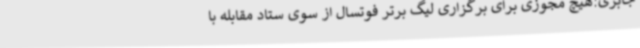
جابری:هیچ مجوزی برای برگزاری لیگ برتر فوتسال از سوی ستاد مقابله با